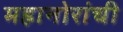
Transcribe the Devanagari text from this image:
महानोरांची